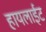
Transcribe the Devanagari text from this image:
हायलाईट